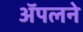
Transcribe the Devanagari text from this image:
ॲपलने